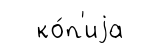
ко́п'иjа